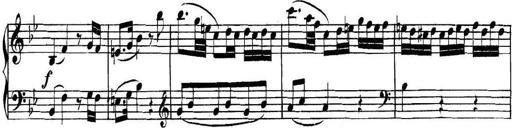
Title: Collected Piano Sonatas
Composer: Muzio Clementi